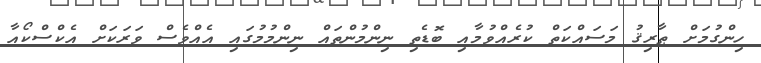
ހިންގުމަށް ޠާރިޤު މަސައްކަތް ކުރެއްވުމާއި ބޮޑެތި ނިންމުންތައް ނިންމުމުގައި އެއްވެސް ވަރަކަށް އެކްސްކޯއާ